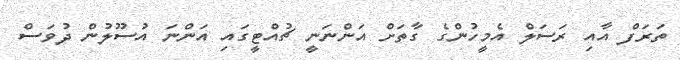
ތަރަފް އާއި ރަސަލް އެމީހުންގެ ގާތަށް އަންނަނީ ޗުއްޓީގައި އަންނަ އުސޫލުން ދުވަސް